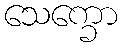
သေက္ခော